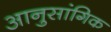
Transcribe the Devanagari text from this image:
आनुसांगिक